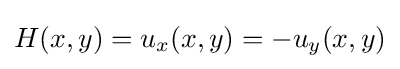
H(x,y)=u_{x}(x,y)=-u_{y}(x,y)